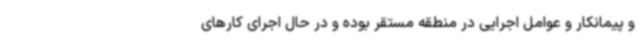
و پیمانکار و عوامل اجرایی در منطقه مستقر بوده و در حال اجرای کارهای